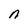
Character: n